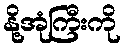
နို့အုံကြီးကို